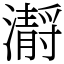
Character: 𤂅